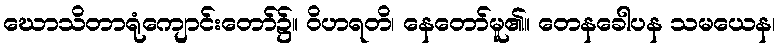
ဃောသိတာရုံကျောင်းတော်၌။ ဝိဟရတိ၊ နေတော်မူ၏။ တေနခေါပန သမယေန၊